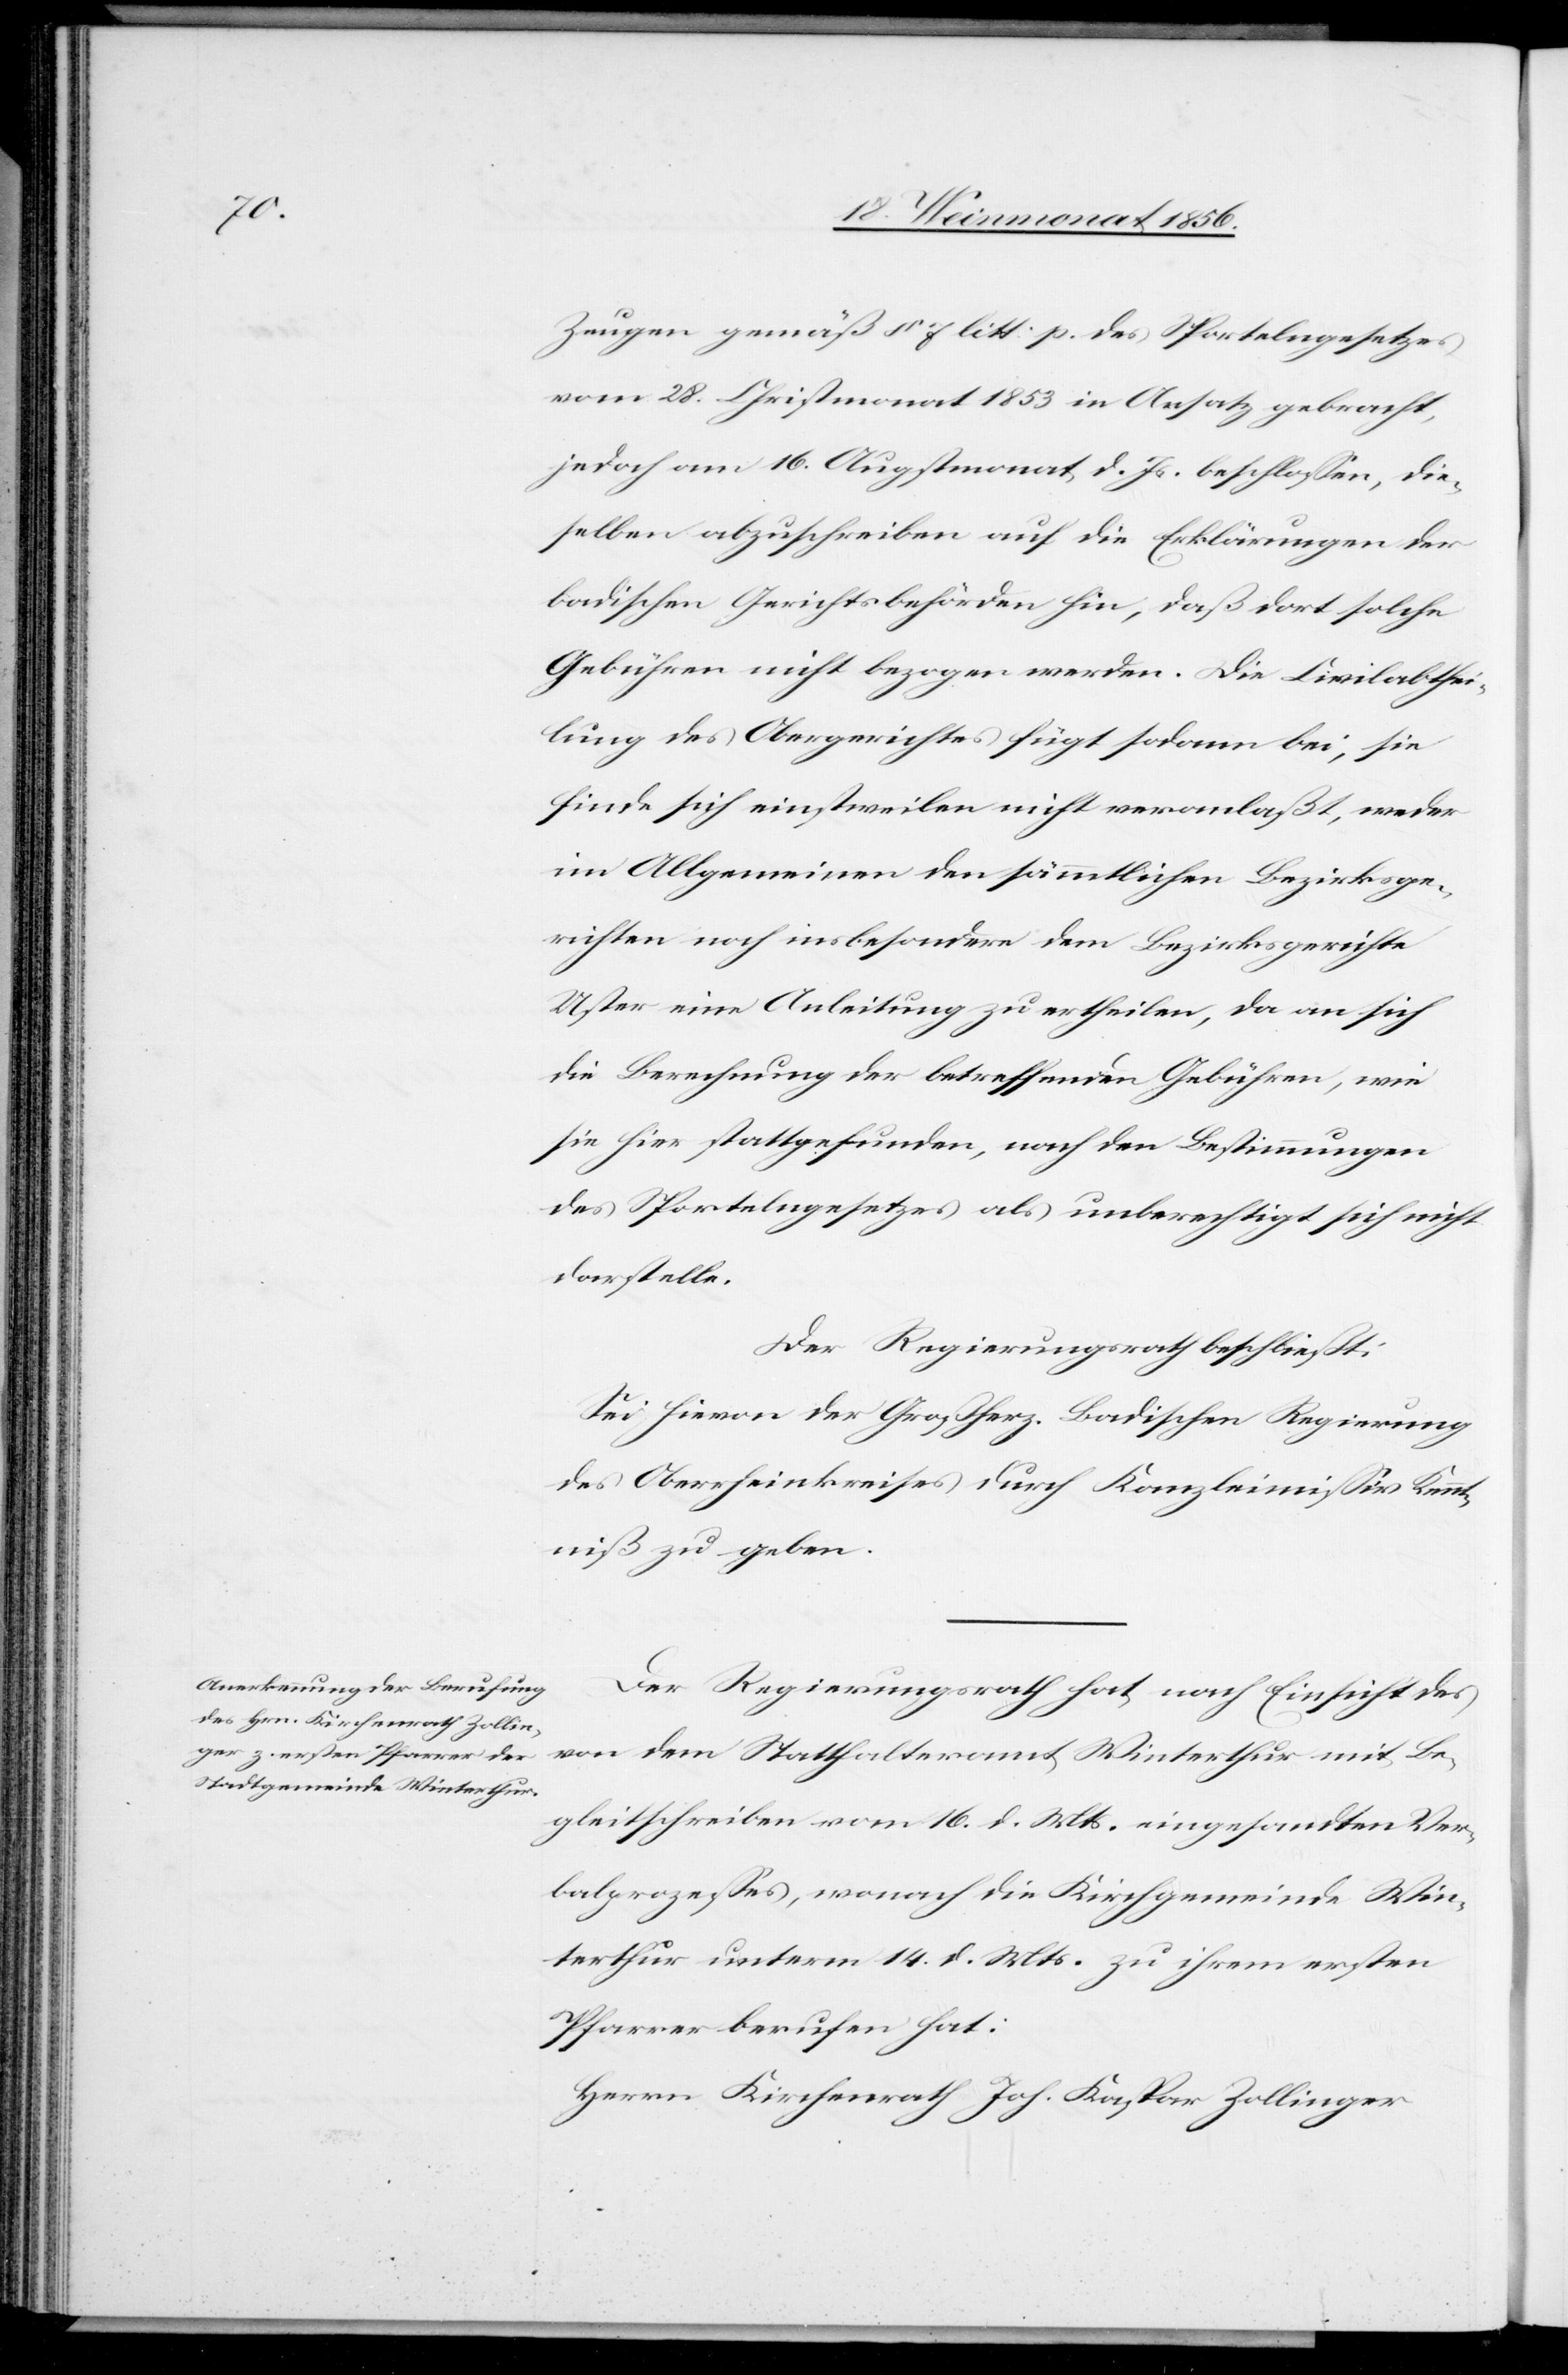
Zeugen gemäß § 7 litt: p. des Sportelngesetzes
vom 28. Christmonat 1853 in Ansatz gebracht,
jedoch am 16. Augstmonat d. Js. beschlossen, die¬
selben abzuschreiben auf die Erklärungen der
badischen Gerichtsbehörden hin, daß dort solche
Gebühren nicht bezogen werden. Die Civilabthei¬
lung des Obergerichtes fügt sodann bei, sie
finde sich einstweilen nicht veranlaßt, weder
im Allgemeinen den sämmtlichen Bezirksge¬
richten noch insbesondere dem Bezirksgerichte
Uster eine Anleitung zu ertheilen, da an sich
die Berechnung der betreffenden Gebühren, wie
sie hier stattgefunden, nach den Bestimmungen
des Sportelngesetzes als unberechtigt sich nicht
darstelle.
Der Regierungsrath beschließt:
Sei hievon der Großherz. Badischen Regierung
des Oberrheinkreises durch Kanzleimissiv Kennt¬
niß zu geben.
Der Regierungsrath hat nach Einsicht des
von dem Statthalteramt Winterthur mit Be¬
gleitschreiben vom 16. d. Mts. eingesandten Ver¬
balprozesses, wonach die Kirchgemeinde Win¬
terthur unterm 14. d. Mts. zu ihrem ersten
Pfarrer berufen hat:
Herrn Kirchenrath Joh. Kaspar Zollinger